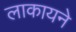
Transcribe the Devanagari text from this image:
लाकायने